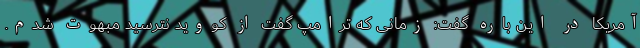
آمریکا در این باره گفت: زمانی که ترامپ گفت از کووید نترسید مبهوت شدم.